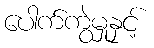
ပေါက်ကွဲမှုနှင့်